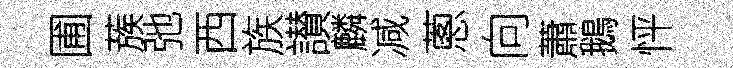
圃蔟弛西族讃麟减蔥向蕭鵝怦